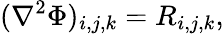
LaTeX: (\nabla^{2}\Phi)_{i,j,k}=R_{i,j,k},